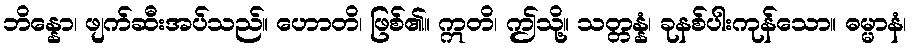
ဘိန္နော၊ ဖျက်ဆီးအပ်သည်။ ဟောတိ၊ ဖြစ်၏။ ဣတိ၊ ဤသို့။ သတ္တန္နံ၊ ခုနစ်ပါးကုန်သော။ ဓမ္မာနံ၊